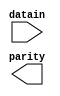
////////////////////////////////////////////////////////////////////////////////
//
//       This confidential and proprietary software may be used only
//     as authorized by a licensing agreement from Synopsys Inc.
//     In the event of publication, the following notice is applicable:
//
//                    (C) COPYRIGHT 1992 - 2018 SYNOPSYS INC.
//                           ALL RIGHTS RESERVED
//
//       The entire notice above must be reproduced on all authorized
//     copies.
//
//
// VERSION:   Simulation Architecture
//
// DesignWare_version: e4069ba9
// DesignWare_release: O-2018.06-DWBB_201806.3
//
////////////////////////////////////////////////////////////////////////////////
//-----------------------------------------------------------------------------------
//
// ABSTRACT:  Parity Generator and Checker
//           parameterizable bus size (width > 0), parameteric "odd/even"
//           parameter odd, parameter width
//           datain     - input data to system register.
//           parity     - output parity bit(s).
//
// MODIFIED:
//
//------------------------------------------------------------------------------
module DW04_par_gen(datain, parity);

  parameter integer width = 8;
  parameter integer par_type = 0;

  input  [width-1:0] datain;
  output             parity;
  reg                parity;

// synopsys translate_off

  integer index;

    always @ (datain)
	begin

	if (par_type === 0)
	    parity = ~(^datain);
	
	else
	    parity = ^datain;
	end
  
// synopsys translate_on

endmodule // sim;